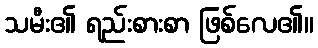
သမီး၏ ရည်းစားစာ ဖြစ်လေ၏။